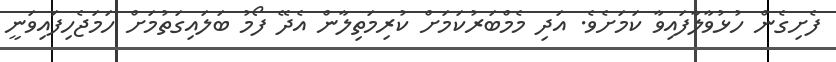
ފެށިގެން ހުޅުވާލާފައިވާ ކަމަށެވެ. އަދި މެމްބަރުކަމަށް ކުރިމަތިލާން އެދޭ ފޯމު ބަލައިގަތުމަށް ހަމަޖެހިފައިވަނީ